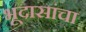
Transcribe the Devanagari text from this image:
भूदासांचा